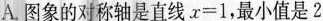
A. 图象的对称轴是直线$$x = 1$$，最小值是2